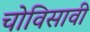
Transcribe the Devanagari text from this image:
चोविसावी